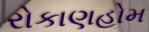
રોકાણહોમ